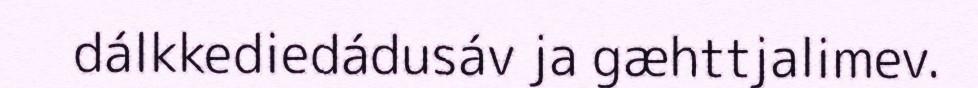
dálkkediedádusáv ja gæhttjalimev.